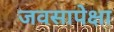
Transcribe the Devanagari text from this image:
जवसापेक्षा